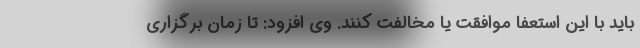
باید با این استعفا موافقت یا مخالفت کنند. وی افزود: تا زمان برگزاری